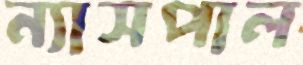
ন্যাসপাল